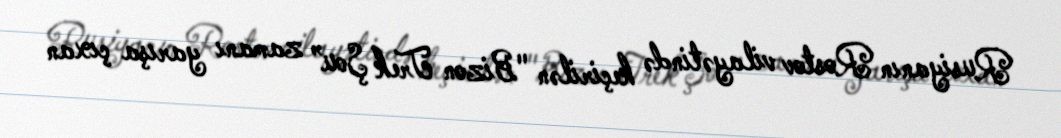
Rusiyanın Rostov vilayətində keçirilən "Bizon Trek Şou” zamanı yarışa çıxan